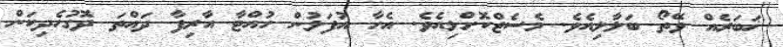
ޚަބަރެއް ވޭތޯ ބަލާލިއެވެ. މެސެޖްކޮށްލިއެވެ. އެހާ އުފަލުން ހުއްޓާ އާރިފާ ދައްތަ ދޮގުހެދިކަން